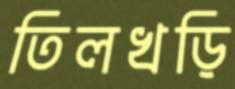
তিলখড়ি